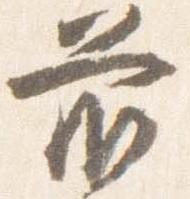
前